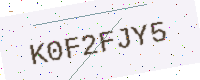
Text: K0F2FJY5